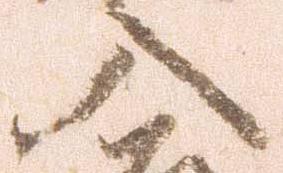
入